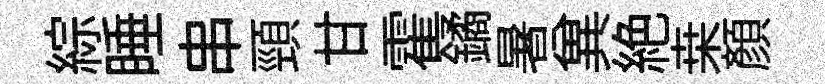
綜睡串頸甘霍鐍暑兾絶桒顏